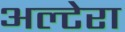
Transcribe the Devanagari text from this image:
अल्टेरा